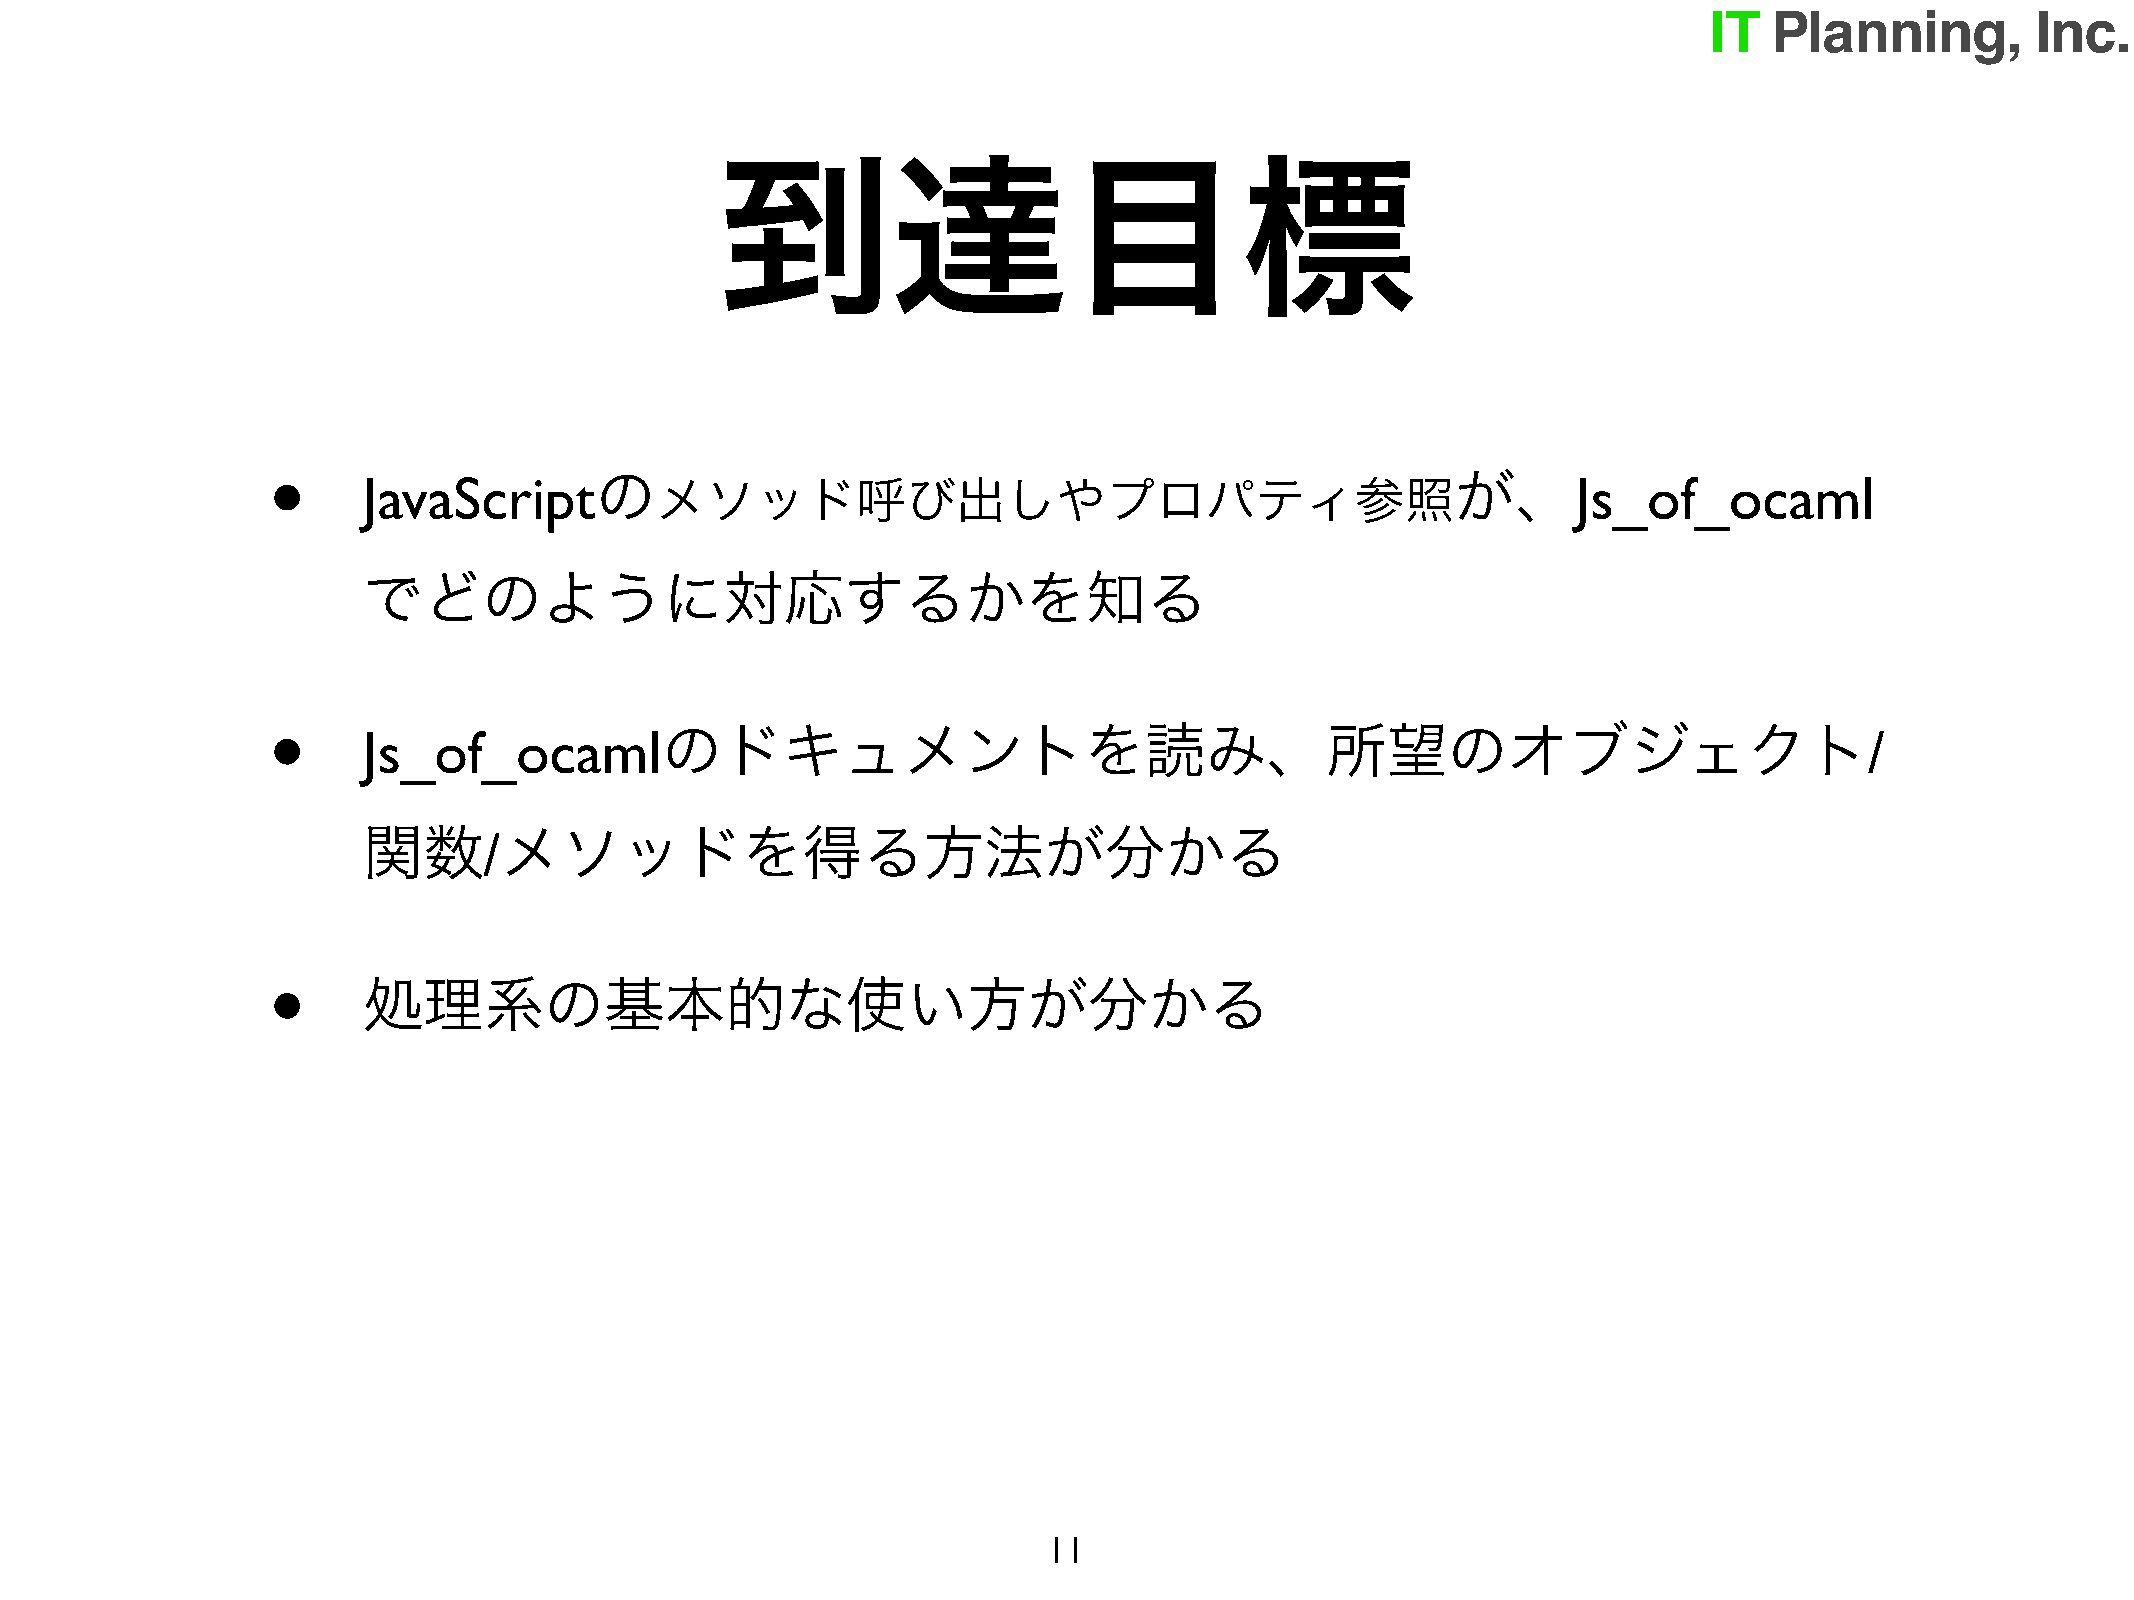
到達目標
 •
 の                                                        が、
 JavaScript         メソッド呼び出しやプロパティ参照                                             Js_of_ocaml
 でどのように対応するかを知る
 •
 のドキュメントを読み、所望のオブジェクト
 Js_of_ocaml                                                                                         /
 関数       メソッドを得る方法が分かる
 /
 •
 処理系の基本的な使い方が分かる
 11